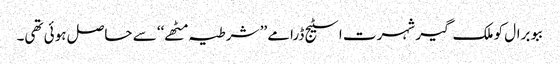
ببو برال کو ملک گیر شہرت اسٹیج ڈرامے ’’ شرطیہ مٹھے‘‘ سے حاصل ہوئی تھی۔